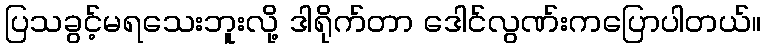
ပြသခွင့်မရသေးဘူးလို့ ဒါရိုက်တာ ဒေါင်လွဏ်းကပြောပါတယ်။